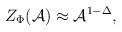
LaTeX: \begin{align*}Z_{\Phi}({\cal{A}}) \approx {\cal{A}}^{1-\Delta},\end{align*}